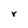
Character: r